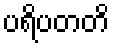
ပရိပတတိ